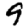
Digit: 9